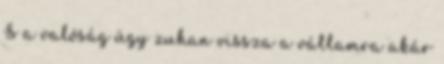
S a valóság úgy zuhan vissza a vállamra akár